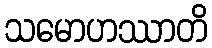
သမောဟဿာတိ